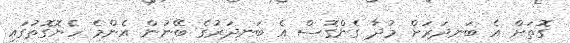
ގޮތަށް އެ ބަނދަރަށް މުދާ ގެންގޮސް އެ ބަނދަރުގެ ބޭނުން އެންމެ ހެޔޮގޮތުގައި